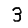
Digit: 3